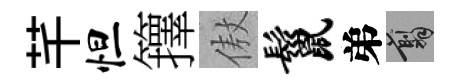
芊怛籜傲鬣弟翦